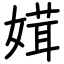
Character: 媶